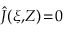
\hat { J } ( \xi , \! Z ) \! = \! 0